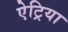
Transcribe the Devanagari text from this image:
ऐट्रिया